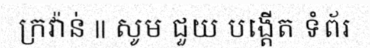
ក្រវ៉ាន់ || សូម ជួយ បង្តើត ទំព័រ